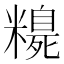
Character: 𥽃